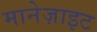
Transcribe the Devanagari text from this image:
मानेज़ाइट